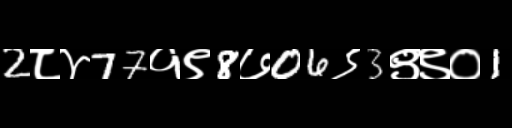
Text: 2८४77१९8७06९3९९०1